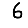
Digit: 6